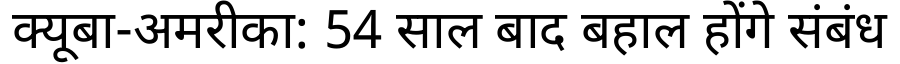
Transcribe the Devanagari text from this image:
क्यूबा-अमरीका: 54 साल बाद बहाल होंगे संबंध